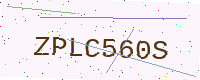
Text: ZPLC560S